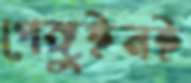
পেঙ্গুইনই